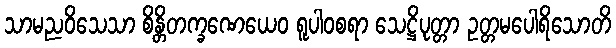
သာမညဝိသေသာ စိန္တိတက္ခဏေယေဝ ရူပါဝစရာ သေဋ္ဌိပုတ္တာ ဥတ္တမပေါရိသောတိ